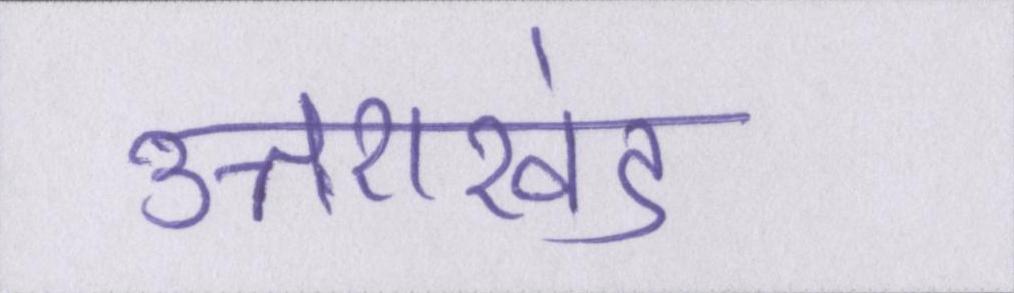
उत्तराखंड